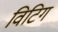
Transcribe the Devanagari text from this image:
विटिग